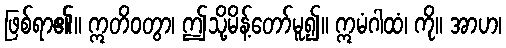
ဖြစ်ရာ၏။ ဣတိဝတွာ၊ ဤသို့မိန့်တော်မူ၍။ ဣမံဂါထံ၊ ကို။ အာဟ၊